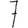
Digit: 7